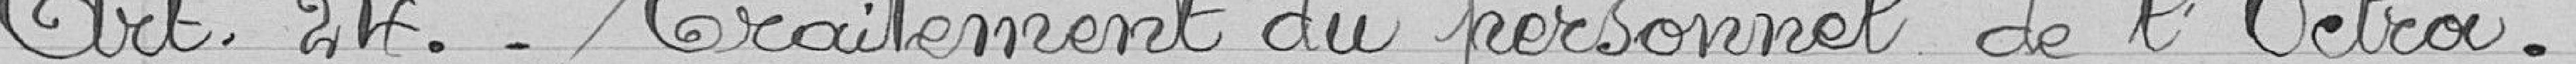
Art.24. - Traitement du personnel de l'Octroi.-